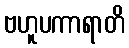
ဗဟူပကာရာတိ